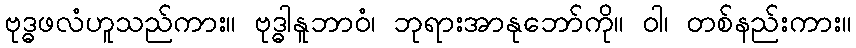
ဗုဒ္ဓဖလံဟူသည်ကား။ ဗုဒ္ဓါနူဘာဝံ၊ ဘုရားအာနုဘော်ကို။ ဝါ၊ တစ်နည်းကား။